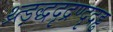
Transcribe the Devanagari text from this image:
थ्र्त्ड़द्धदृद्रण्दृदड्ढ